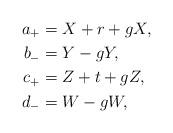
LaTeX: \begin{align*} a_+ &= X + r + gX,\\ b_- &= Y - gY,\\ c_+ &= Z + t + gZ,\\ d_- &= W - gW, \end{align*}